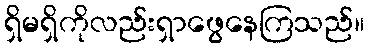
ရှိမရှိကိုလည်းရှာဖွေနေကြသည်။